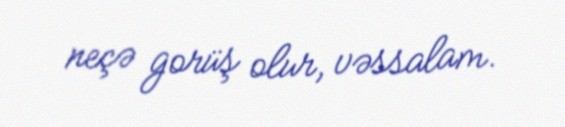
neçə gorüş olur, vəssalam.